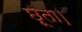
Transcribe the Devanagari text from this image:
छूता।